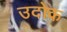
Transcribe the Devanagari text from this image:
उदोक